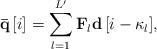
LaTeX: \begin{align*} {\bf{\bar q}}\left[ i \right] = \sum\limits_{l = 1}^{L'} {{{{\bf{F}}}_l}{\bf{d}}\left[ {i - {\kappa _l}} \right]}, \end{align*}